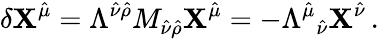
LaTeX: \delta\mathbf{X}^{\hat{{\mu}}}=\Lambda^{\hat{{\nu}}\hat{{\rho}}}M_{\hat{{\nu}}\hat{{\rho}}}\mathbf{X}^{\hat{{\mu}}}=-\Lambda^{\hat{{\mu}}}{}_{\hat{{\nu}}}\mathbf{X}^{\hat{{\nu}}}\, .